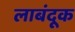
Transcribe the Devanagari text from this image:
लाबंदूक